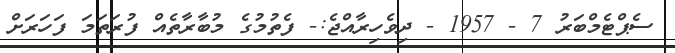
ސެޕްޓެމްބަރު 7 - 1957 - ދިވެހިރާއްޖެ:- ފެތުމުގެ މުބާރާތެއް ފުރަތަމަ ފަހަރަށް